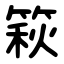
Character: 篍